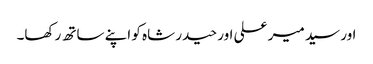
اور سید میر علی اور حیدر شاہ کو اپنے ساتھ رکھا۔